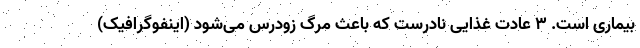
بیماری است. ۳ عادت غذایی نادرست که باعث مرگ زودرس می‌شود (اینفوگرافیک)